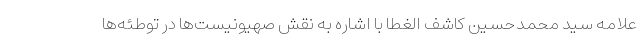
علامه سید محمدحسین کاشف الغطا با اشاره به نقش صهیونیست‌ها در توطئه‌ها